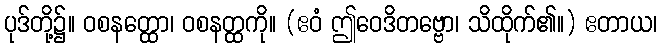
ပုဒ်တို့၌။ ဝစနတ္ထော၊ ဝစနတ္ထကို။ (ဧဝံ ဤဝေဒိတဗ္ဗော၊ သိထိုက်၏။) ဧတာယ၊